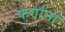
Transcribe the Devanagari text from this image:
फर्गाना